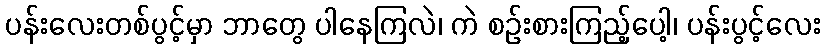
ပန်းလေးတစ်ပွင့်မှာ ဘာတွေ ပါနေကြလဲ၊ ကဲ စဉ်းစားကြည့်ပေါ့၊ ပန်းပွင့်လေး